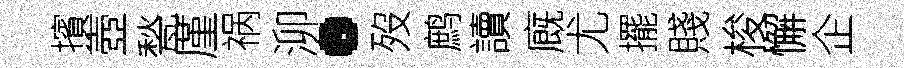
擯壺甃厪祸泖·歿鹧讀廐尤擺賤梭懈企